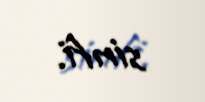
sinfi.